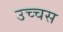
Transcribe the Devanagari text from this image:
उच्चस